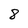
Character: 8